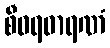
စီဝရဓာရဏံ